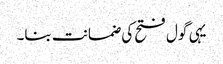
یہی گول فتح کی ضمانت بنا۔